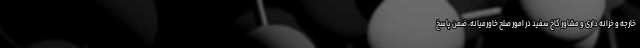
خارجه و خزانه داری و مشاور کاخ سفید در امور صلح خاورمیانه، ضمن پاسخ